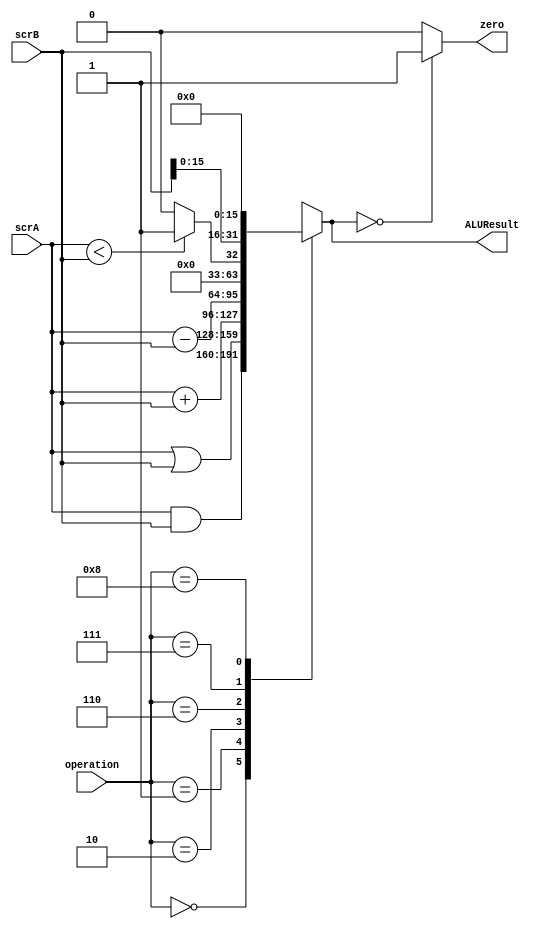
module alu(
	input wire [31:0]scrA,	
	input wire [31:0]scrB,	
	input wire [3:0]operation,		
	output reg [31:0]ALUResult,
	output wire zero		
);

//SI ES CERO PONGO A UNO EL Zero




	always @(scrA,scrB,operation)begin
			case (operation)
				4'b0000: 	ALUResult <= scrA & scrB; //AND				
				4'b0001: 	ALUResult <= scrA | scrB; //OR						
				3'b0010:	ALUResult <= scrA + scrB; //SUMA	
			// 3'b0011:	ALUResult <= scrA + scrB; //SUMA	
			// 3'b0100:	ALUResult <= scrA + scrB; //SUMA
			// 3'b0101:	ALUResult <= scrA + scrB; //SUMA				
				4'b0110:	ALUResult <= scrA - scrB;	// RESTA
				4'b0111:	ALUResult <= (scrA < scrB) ? 1:0; //SLT
				4'b1000:	ALUResult <= {scrB[15:0], 16'b0}; //LUI				
				default: ALUResult <= 32'dx;
					
			endcase
	end



assign zero = (ALUResult == 0)? 1:0;


endmodule